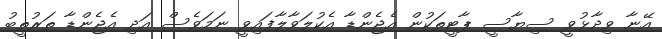
އޭނާ ވިދާޅުވީ ސިޔާސީ ޕާޓީތަކުން އެޖެންޑާ އެކުލަވާލާފައިވީ ނަމަވެސް އަދި އެޖެންޑާ ތަރުތީބު